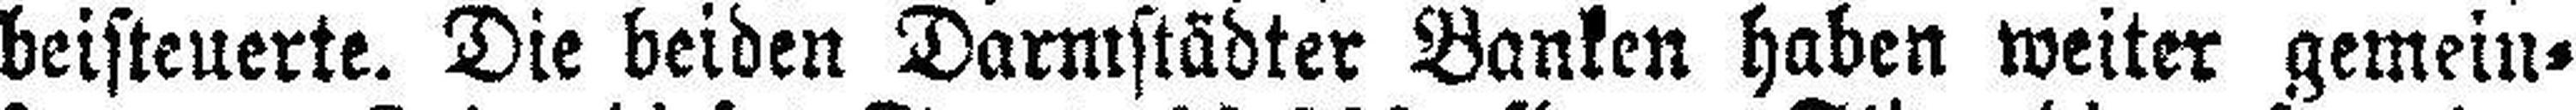
beisteuerte. Die beiden Darmstädter Banken haben weiter gemein¬